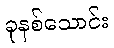
ခုနစ်သောင်း